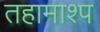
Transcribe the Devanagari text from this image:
तहामाश्प